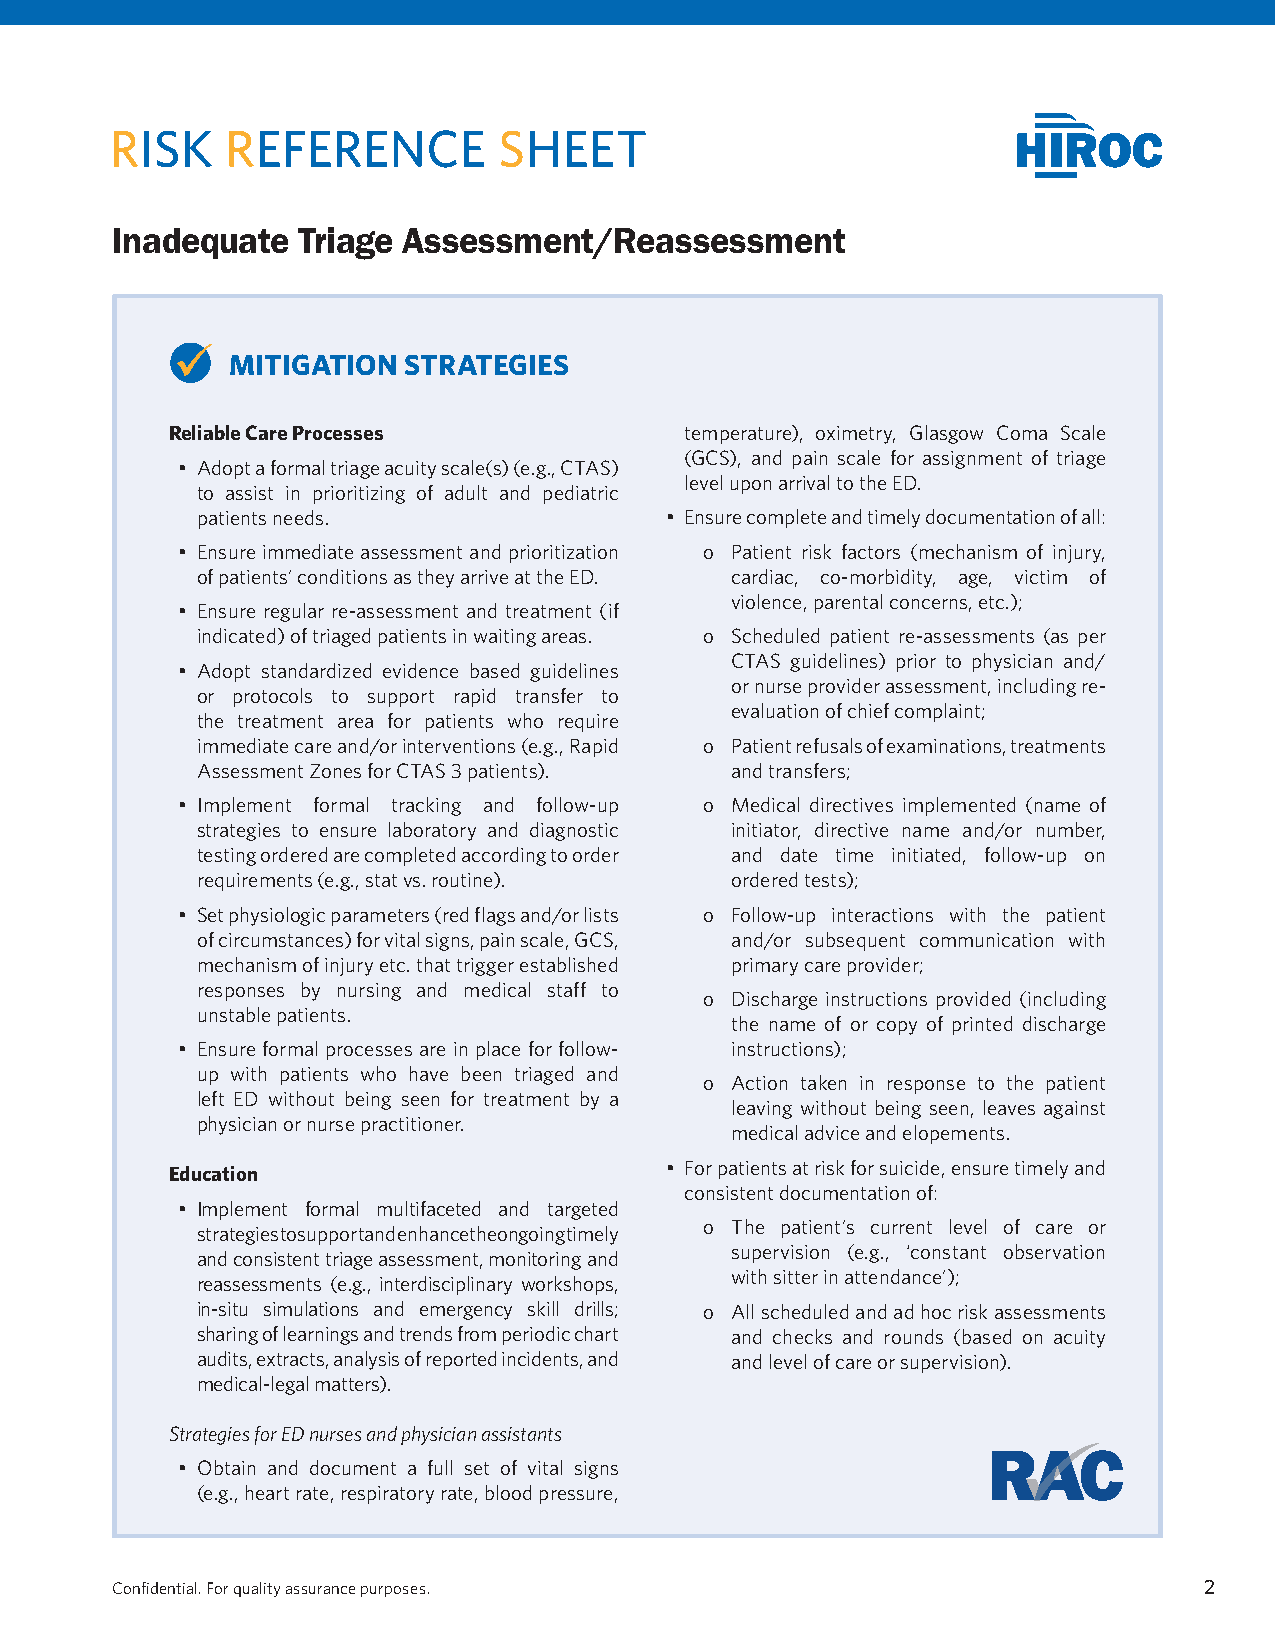
RISK    REFERENCE         SHEET
 Inadequate   Triage Assessment/Reassessment
 MITIGATION  STRATEGIES
 Reliable Care Processes           temperature), oximetry, Glasgow Coma Scale
 (GCS), and pain scale for assignment of triage
 • Adopt a formal triage acuity scale(s) (e.g., CTAS)
 level upon arrival to the ED.
 to assist in prioritizing of adult and pediatric
 patients needs.                • Ensure complete and timely documentation of all:
 • Ensure immediate assessment and prioritization o Patient risk factors (mechanism of injury,
 of patients’ conditions as they arrive at the ED. cardiac, co-morbidity, age, victim of
 violence, parental concerns, etc.);
 • Ensure regular re-assessment and treatment (if
 indicated) of triaged patients in waiting areas. o Scheduled patient re-assessments (as per
 CTAS guidelines) prior to physician and/
 • Adopt standardized evidence based guidelines
 or nurse provider assessment, including re-
 or protocols to support rapid transfer to
 evaluation of chief complaint;
 the treatment area for patients who require
 immediate care and/or interventions (e.g., Rapid o Patient refusals of examinations, treatments
 Assessment Zones for CTAS 3 patients). and transfers;
 • Implement formal tracking and follow-up o Medical directives implemented (name of
 strategies to ensure laboratory and diagnostic initiator, directive name and/or number,
 testing ordered are completed according to order and date time initiated, follow-up on
 requirements (e.g., stat vs. routine). ordered tests);
 • Set physiologic parameters (red flags and/or lists o Follow-up interactions with the patient
 of circumstances) for vital signs, pain scale, GCS, and/or subsequent communication with
 mechanism of injury etc. that trigger established primary care provider;
 responses by nursing and medical staff to
 o Discharge instructions provided (including
 unstable patients.
 the name of or copy of printed discharge
 • Ensure formal processes are in place for follow- instructions);
 up with patients who have been triaged and
 o Action taken in response to the patient
 left ED without being seen for treatment by a
 leaving without being seen, leaves against
 physician or nurse practitioner.
 medical advice and elopements.
 • For patients at risk for suicide, ensure timely and
 Education
 consistent documentation of:
 • Implement formal multifaceted and targeted
 o The patient’s current level of care or
 strategies to support and enhance the ongoing timely
 supervision (e.g., ‘constant observation
 and consistent triage assessment, monitoring and
 with sitter in attendance’);
 reassessments (e.g., interdisciplinary workshops,
 in-situ simulations and emergency skill drills; o All scheduled and ad hoc risk assessments
 sharing of learnings and trends from periodic chart and checks and rounds (based on acuity
 audits, extracts, analysis of reported incidents, and and level of care or supervision).
 medical-legal matters).
 Strategies for ED nurses and physician assistants
 • Obtain and document a full set of vital signs
 (e.g., heart rate, respiratory rate, blood pressure,
 Confidential. For quality assurance purposes.                            2